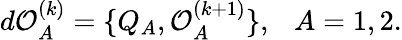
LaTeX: d{\cal O}_{A}^{(k)}=\{ Q_{A},{\cal O}_{A}^{(k+1)}\} ,~~~A=1,2.